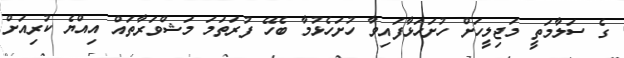
ގެ ސަލާމަތީ މަޖިލީހަށް ހުށަހަޅާފައިވާ ހުށަހެޅުމާ ބެހޭ ފުރަތަމަ މަޝްވަރާތައް އިއްޔެ ކުރިއަށް